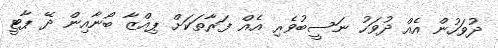
ދުވަހުން އެއް ދުވަހު ނަސީބުވެރި އެއް ފަރާތަކަށް ޕިއްޒާ ބޯނާއިން ދޭ ޕާޓީ